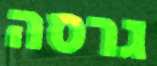
גרסה